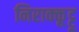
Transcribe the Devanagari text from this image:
निराक्कूट्टू